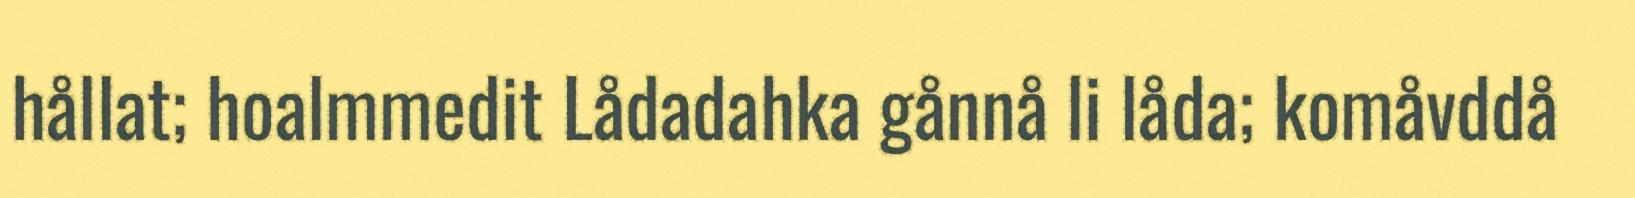
hållat; hoalmmedit Lådadahka gånnå li låda; komåvddå